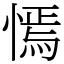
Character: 㥼